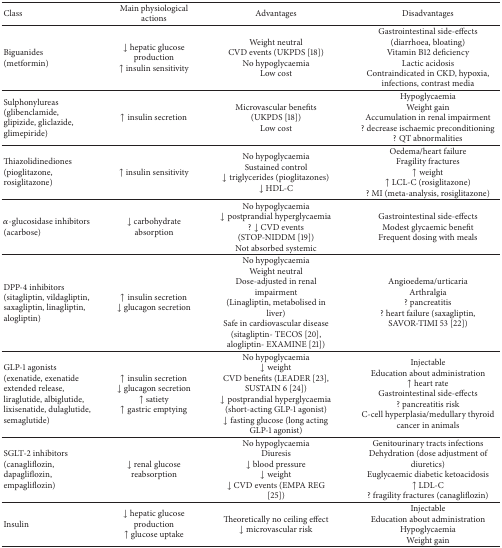
| Class | Main physiological actions | Advantages | Disadvantages |
 | --- | --- | --- | --- |
 | Biguanides (metformin) | ↓ hepatic glucose production↑ insulin sensitivity | Weight neutralCVD events (UKPDS [18])No hypoglycaemiaLow cost | Gastrointestinal side-effects (diarrhoea, bloating)Vitamin B12 deficiencyLactic acidosisContraindicated in CKD, hypoxia, infections, contrast media |
 | Sulphonylureas(glibenclamide, glipizide, gliclazide, glimepiride) | ↑ insulin secretion | Microvascular benefits (UKPDS [18])Low cost | HypoglycaemiaWeight gainAccumulation in renal impairment? decrease ischaemic preconditioning? QT abnormalities |
 | Thiazolidinediones(pioglitazone, rosiglitazone) | ↑ insulin sensitivity | No hypoglycaemiaSustained control↓ triglycerides (pioglitazones)↓ HDL-C | Oedema/heart failureFragility fractures↑ weight↑ LCL-C (rosiglitazone)? MI (meta-analysis, rosiglitazone) |
 | α-glucosidase inhibitors (acarbose) | ↓ carbohydrate absorption | No hypoglycaemia↓ postprandial hyperglycaemia?↓ CVD events (STOP-NIDDM [19])Not absorbed systemic | Gastrointestinal side-effectsModest glycaemic benefitFrequent dosing with meals |
 | DPP-4 inhibitors(sitagliptin, vildagliptin, saxagliptin, linagliptin, alogliptin) | ↑ insulin secretion↓ glucagon secretion | No hypoglycaemiaWeight neutralDose-adjusted in renal impairment(Linagliptin, metabolised in liver)Safe in cardiovascular disease (sitagliptin- TECOS [20], alogliptin- EXAMINE [21]) | Angioedema/urticariaArthralgia? pancreatitis? heart failure (saxagliptin, SAVOR-TIMI 53 [22]) |
 | GLP-1 agonists (exenatide, exenatide extended release, liraglutide, albiglutide, lixisenatide, dulaglutide, semaglutide) | ↑ insulin secretion↓ glucagon secretion↑ satiety↑ gastric emptying | No hypoglycaemia↓ weightCVD benefits (LEADER [23],SUSTAIN 6 [24])↓ postprandial hyperglycaemia (short-acting GLP-1 agonist)↓ fasting glucose (long acting GLP-1 agonist) | InjectableEducation about administration↑ heart rateGastrointestinal side-effects? pancreatitis riskC-cell hyperplasia/medullary thyroid cancer in animals |
 | SGLT-2 inhibitors (canagliflozin, dapagliflozin, empagliflozin) | ↓ renal glucose reabsorption | No hypoglycaemiaDiuresis↓ blood pressure↓ weight↓ CVD events (EMPA REG [25]) | Genitourinary tracts infectionsDehydration (dose adjustment of diuretics)Euglycaemic diabetic ketoacidosis↑ LDL-C? fragility fractures (canagliflozin) |
 | Insulin | ↓ hepatic glucose production↑ glucose uptake | Theoretically no ceiling effect↓ microvascular risk | InjectableEducation about administrationHypoglycaemiaWeight gain |